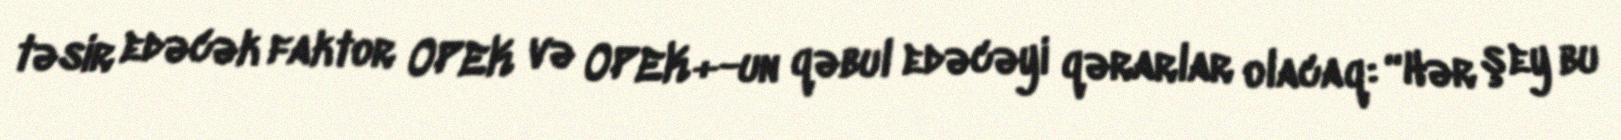
təsir edəcək faktor OPEK və OPEK+-un qəbul edəcəyi qərarlar olacaq: “Hər şey bu